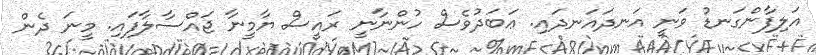
އަލިފާންގަނޑު ވަނީ އަނދައަނދައި. ޢަބަދުވެސް ހުންނާނީ ރައީސް ޔާމީނާ ޖައްސާލާފައި. މީނަ ދެން